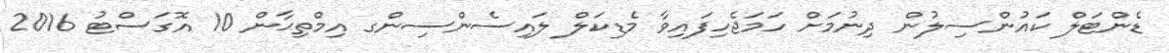
ޑެންޓަލް ކައުންސިލުން ދިނުމަށް ހަމަޖެހިފައިވާ މެޑިކަލް ލައިސެންސިންގ އިމްތިޙާން 10 އޮގަަސްޓު 2016